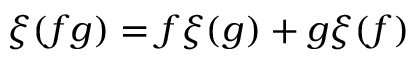
\xi ( f g ) = f \xi ( g ) + g \xi ( f )